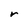
Character: r